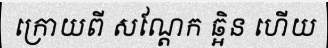
ក្រោយពី សណ្តែក ឆ្អិន ហើយ